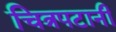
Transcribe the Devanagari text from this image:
चित्रपटानी